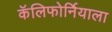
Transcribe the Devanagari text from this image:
कॅलिफोर्नियाला